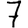
Digit: 7